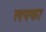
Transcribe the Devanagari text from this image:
लफ्फा